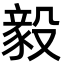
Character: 毅